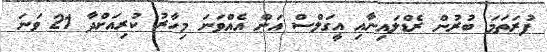
ފުރަތަމަ ބުރުން ރެޑްލައިނާއި އީގަލްސް އަށް އެއްވަނަ މިހާރު ކުރިއަށްދާ 21 ވަނަ